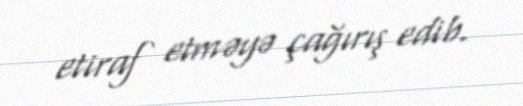
etiraf etməyə çağırış edib.